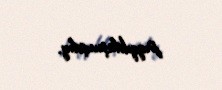
pıqqıldaşmışdıq.